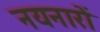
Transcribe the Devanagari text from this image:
नयनारों